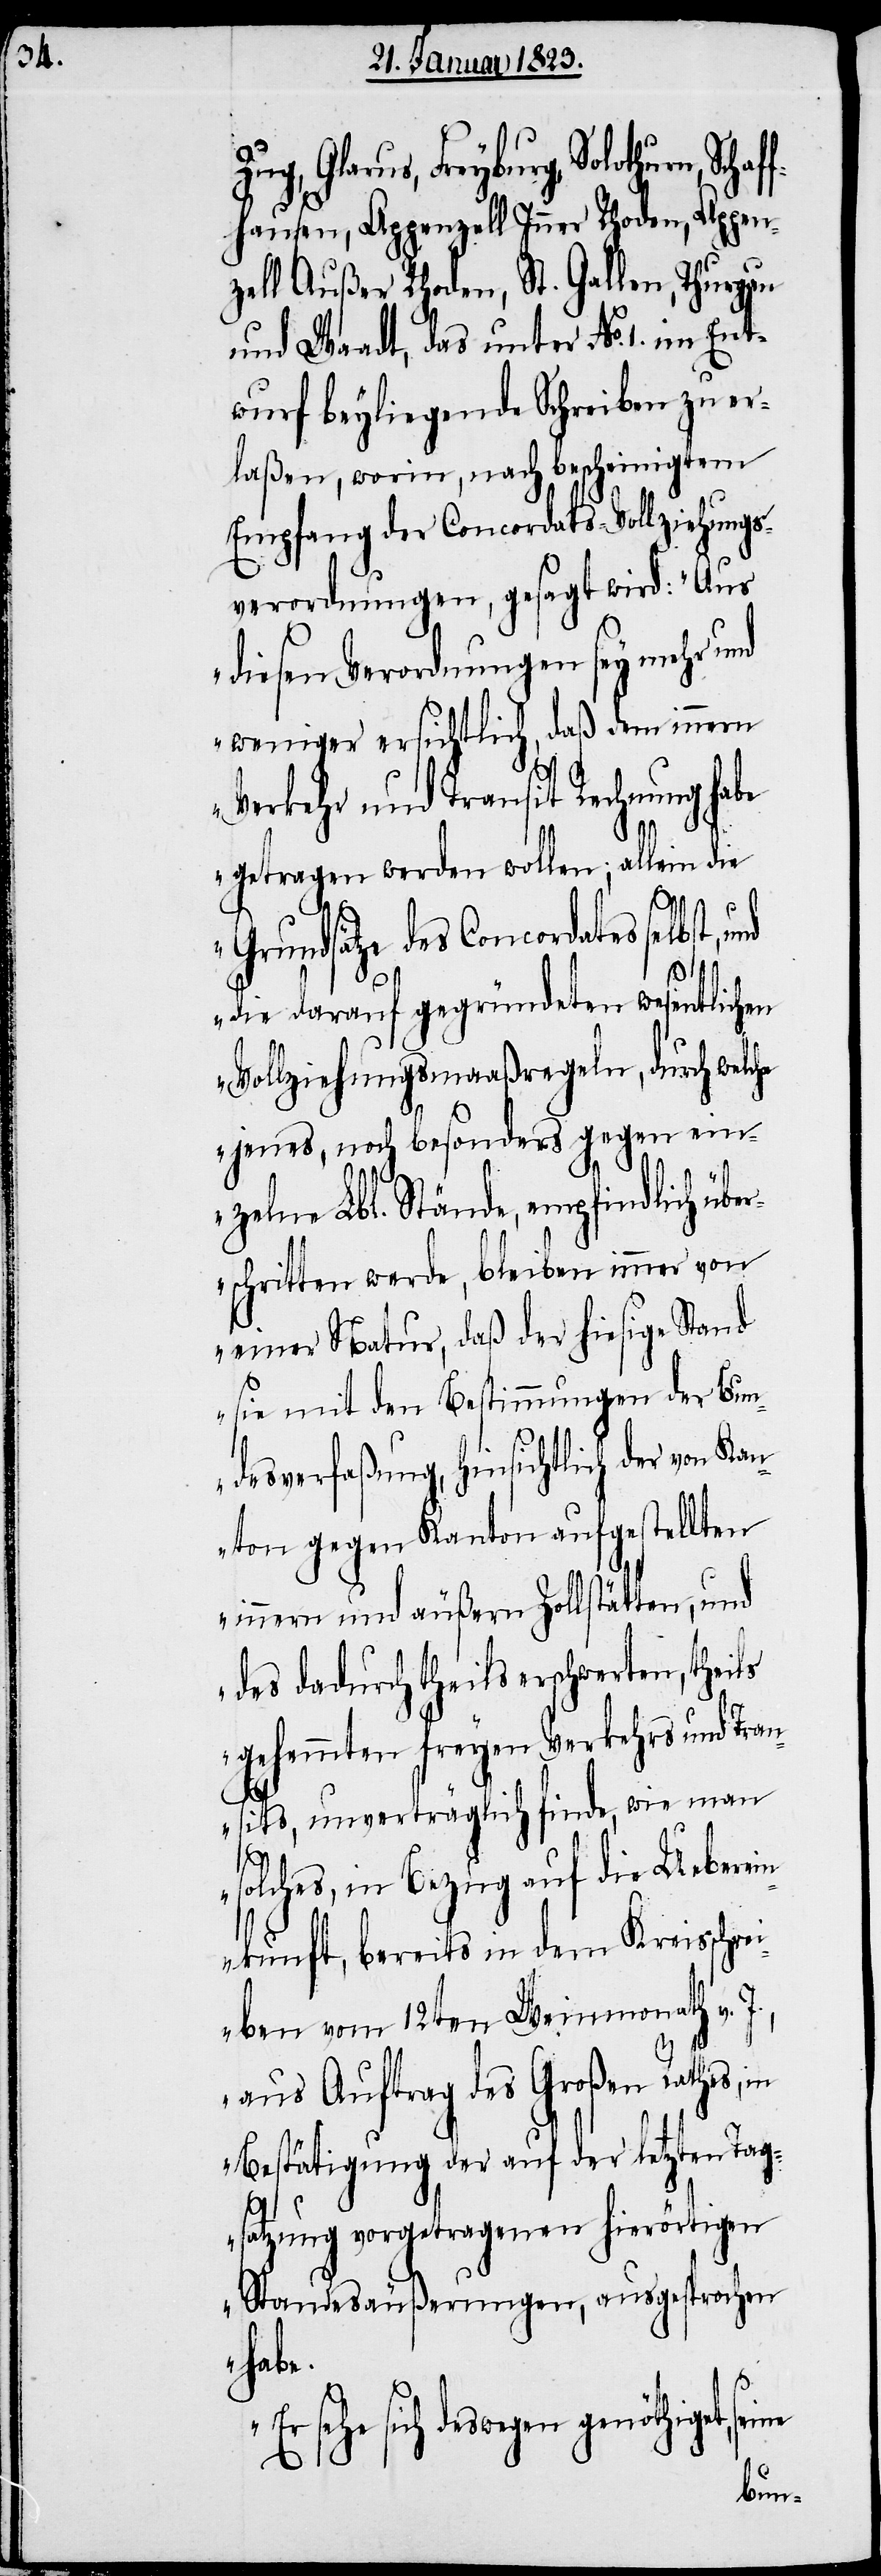
Zug, Glarus, Freyburg, Solothurn,
fhausen, Appenzell Inner Rhoden, Appen¬
zell Außer Rhoden, St. Gallen, Thurgau
und Waadt, das unter No. 1. im Ent¬
wurf beyliegende Schreiben zu er¬
laßen, worin, nach bescheinigtem
Empfang der Concordats-Vollziehungs¬
verordnungen, gesagt wird: „Aus
diesen Verordnungen sey mehr und
weniger ersichtlich, daß dem innern
Verkehr und Transit Rechnung habe
getragen werden wollen; allein die
Grundsätze des Concordates selbst, und
die darauf gegründeten wesentlichen
Vollziehungsmaaßregeln, durch welc¬
jenes, noch besonders gegen ein¬
zelne Lbl. Stände, empfindlich übe¬
rschritten werde, bleiben immer von
einer Natur, daß der hiesige Stand
sie mit den Bestimmungen der Bun¬
desverfaßung, hinsichtlich der von Kan¬
ton gegen Kanton aufgestellten
innern und äußern Zollstätten, und
des dadurch theils erschwerten, theils
gehemmten freyen Verkehrs und Tran¬
sits, unverträglich finde, wie man
solches, in Bezug auf die Ueberein¬
kunft, bereits in dem Kreisschr¬
eiben vom 12ten Weinmonath v.
aus Auftrag des Großen Rathes, in
Bestätigung der auf der letzten Tag¬
satzung vorgetragenen hierörtigen
Standesäußerungen, ausgesprochen
habe.
Er sehe sich deswegen genöthiget,
seine